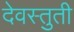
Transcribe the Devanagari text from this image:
देवस्तुती